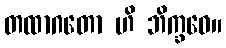
တထာဂတော ဟိ ဘိက္ခဝေ။